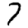
Digit: 7